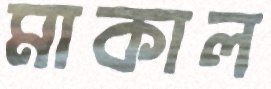
মাকাল